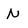
Character: N